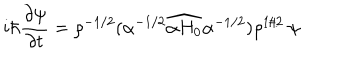
i \hbar \frac { \partial \psi } { \partial t } = { \rho } ^ { - 1 / 2 } ( \alpha ^ { - 1 / 2 } \widehat { \alpha H _ { 0 } } \alpha ^ { - 1 / 2 } ) { \rho } ^ { 1 / 2 } \ \psi